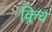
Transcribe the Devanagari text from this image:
क्लिच